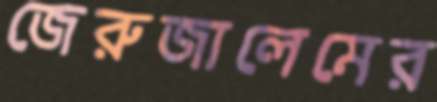
জেরুজালেমের